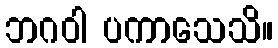
ဘဂဝါ ပကာသေသိ။